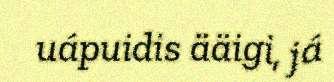
uápuidis ääigi, já